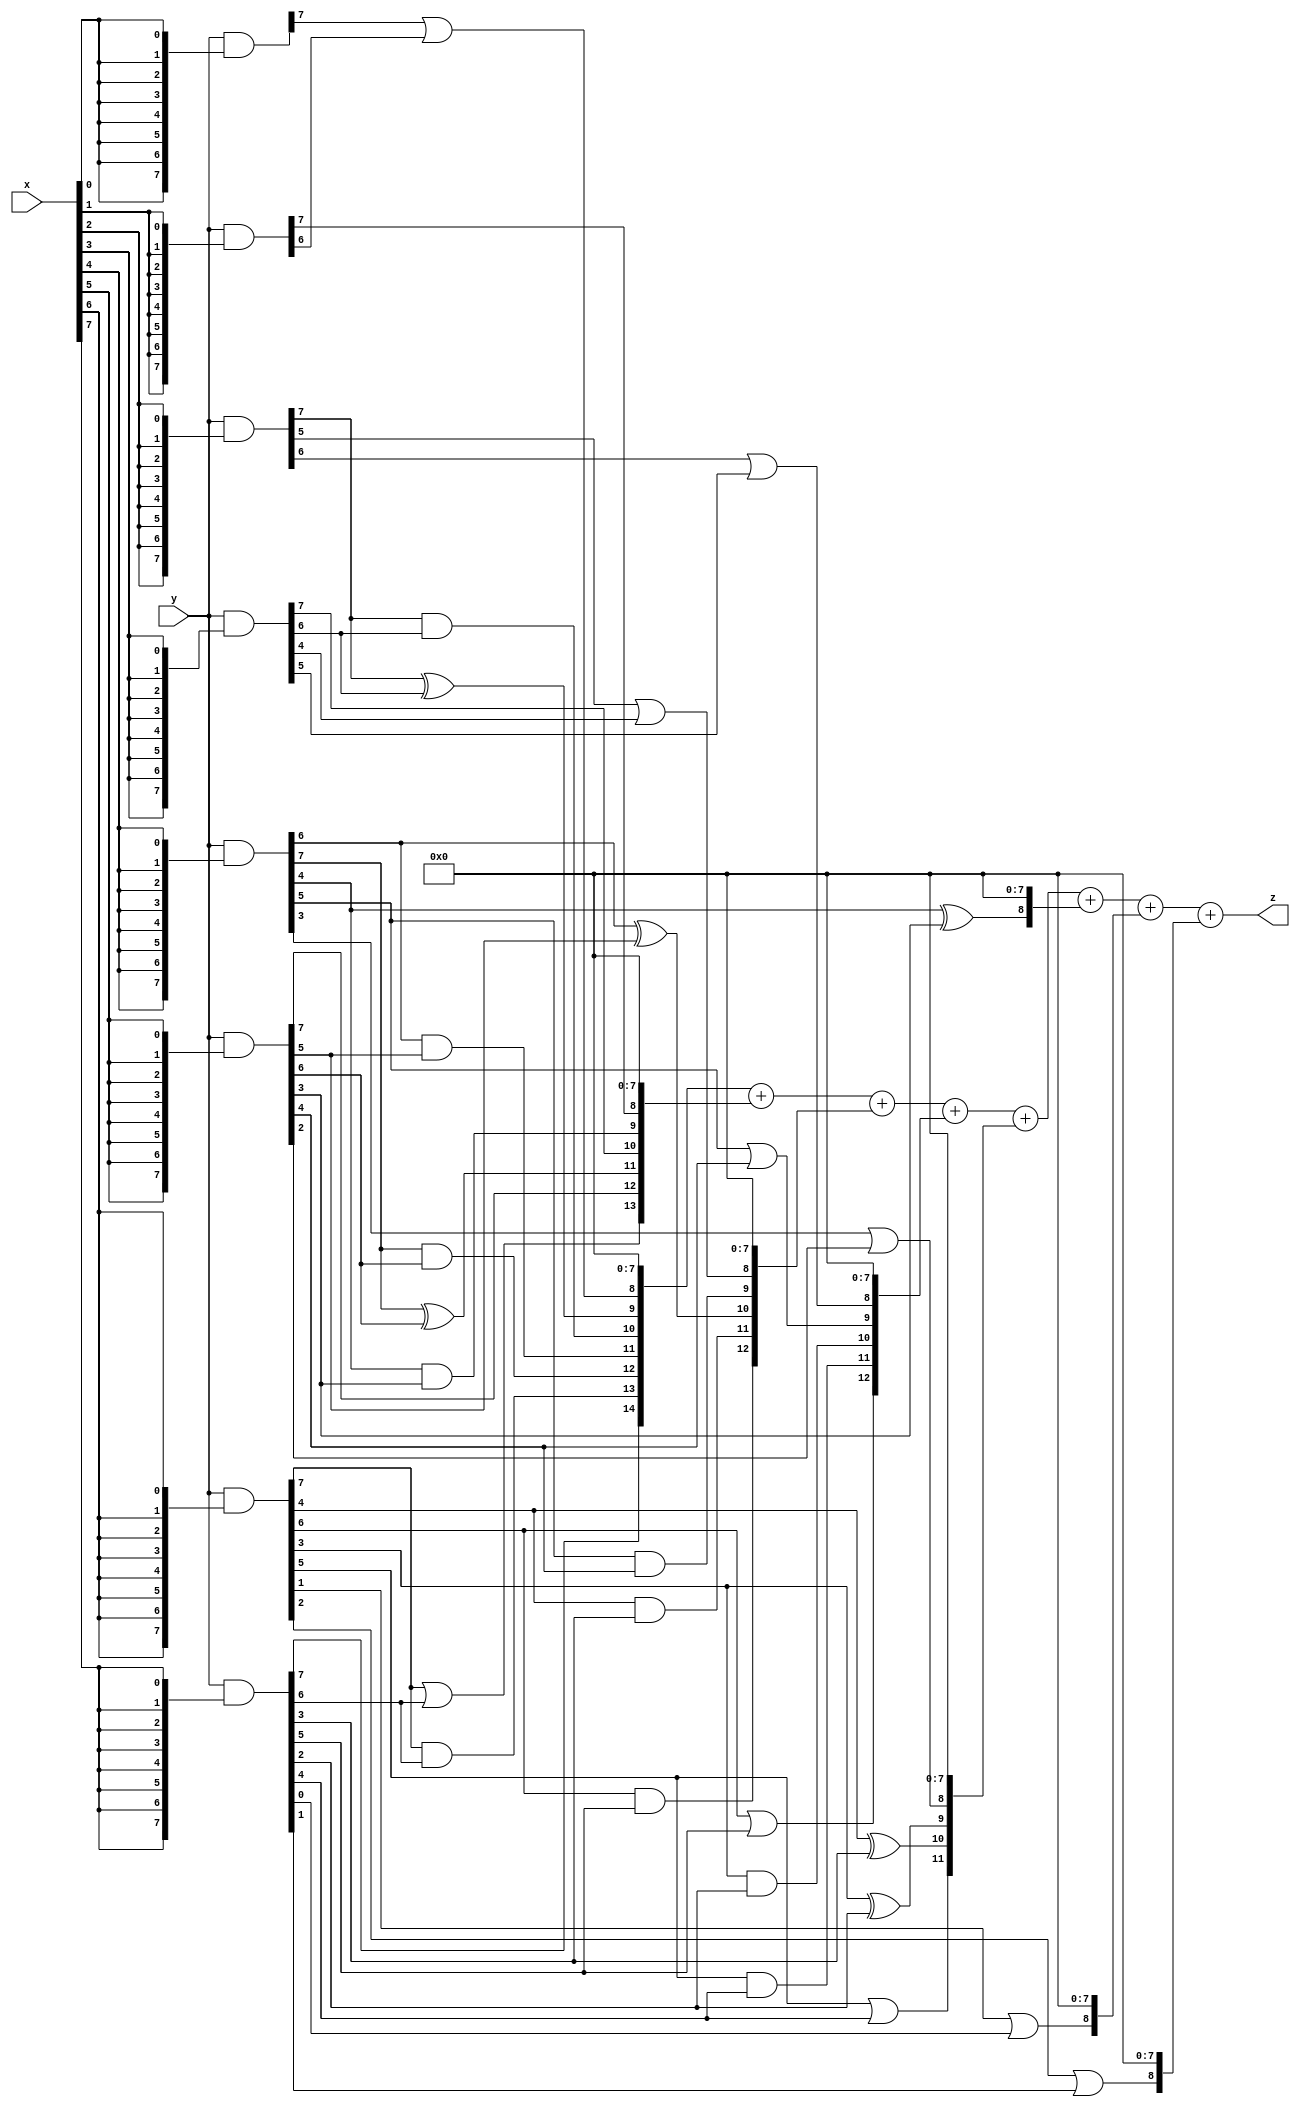
// terms: 30
// fval:  240750.25

module unsigned_8x8_l8_lamb7000_3 (
	input [7:0] x,
	input [7:0] y,
	output [15:0] z
);


wire [7:0] part1 =  y & {8{x[0]}};
wire [7:0] part2 =  y & {8{x[1]}};
wire [7:0] part3 =  y & {8{x[2]}};
wire [7:0] part4 =  y & {8{x[3]}};
wire [7:0] part5 =  y & {8{x[4]}};
wire [7:0] part6 =  y & {8{x[5]}};
wire [7:0] part7 =  y & {8{x[6]}};
wire [7:0] part8 =  y & {8{x[7]}};

wire [14:0] new_part1;
assign new_part1[0] = 0;
assign new_part1[1] = 0;
assign new_part1[2] = 0;
assign new_part1[3] = 0;
assign new_part1[4] = 0;
assign new_part1[5] = 0;
assign new_part1[6] = 0;
assign new_part1[7] = 0;
assign new_part1[8] = part1[7] | part2[6];
assign new_part1[9] = part3[7] ^ part4[6];
assign new_part1[10] = part3[7] & part4[6];
assign new_part1[11] = part5[6] & part6[5];
assign new_part1[12] = part5[7] & part6[6];
assign new_part1[13] = part7[7] & part8[6];
assign new_part1[14] = part8[7];

wire [13:0] new_part2;
assign new_part2[0] = 0;
assign new_part2[1] = 0;
assign new_part2[2] = 0;
assign new_part2[3] = 0;
assign new_part2[4] = 0;
assign new_part2[5] = 0;
assign new_part2[6] = 0;
assign new_part2[7] = 0;
assign new_part2[8] = part2[7];
assign new_part2[9] = part5[4] & part6[3];
assign new_part2[10] = part4[7];
assign new_part2[11] = part5[7] ^ part6[6];
assign new_part2[12] = part6[7];
assign new_part2[13] = part7[7] | part8[6];

wire [12:0] new_part3;
assign new_part3[0] = 0;
assign new_part3[1] = 0;
assign new_part3[2] = 0;
assign new_part3[3] = 0;
assign new_part3[4] = 0;
assign new_part3[5] = 0;
assign new_part3[6] = 0;
assign new_part3[7] = 0;
assign new_part3[8] = part3[5] | part4[4];
assign new_part3[9] = part5[5] & part6[4];
assign new_part3[10] = part5[6] ^ part6[5];
assign new_part3[11] = part7[4] & part8[3];
assign new_part3[12] = part7[6] & part8[5];

wire [12:0] new_part4;
assign new_part4[0] = 0;
assign new_part4[1] = 0;
assign new_part4[2] = 0;
assign new_part4[3] = 0;
assign new_part4[4] = 0;
assign new_part4[5] = 0;
assign new_part4[6] = 0;
assign new_part4[7] = 0;
assign new_part4[8] = part3[6] | part4[5];
assign new_part4[9] = part5[5] | part6[4];
assign new_part4[10] = part7[3] & part8[2];
assign new_part4[11] = part7[5] & part8[4];
assign new_part4[12] = part7[6] | part8[5];

wire [11:0] new_part5;
assign new_part5[0] = 0;
assign new_part5[1] = 0;
assign new_part5[2] = 0;
assign new_part5[3] = 0;
assign new_part5[4] = 0;
assign new_part5[5] = 0;
assign new_part5[6] = 0;
assign new_part5[7] = 0;
assign new_part5[8] = part5[3] | part6[2];
assign new_part5[9] = part7[3] ^ part8[2];
assign new_part5[10] = part7[4] ^ part8[3];
assign new_part5[11] = part7[5] | part8[4];

wire [8:0] new_part6;
assign new_part6[0] = 0;
assign new_part6[1] = 0;
assign new_part6[2] = 0;
assign new_part6[3] = 0;
assign new_part6[4] = 0;
assign new_part6[5] = 0;
assign new_part6[6] = 0;
assign new_part6[7] = 0;
assign new_part6[8] = part5[4] ^ part6[3];

wire [8:0] new_part7;
assign new_part7[0] = 0;
assign new_part7[1] = 0;
assign new_part7[2] = 0;
assign new_part7[3] = 0;
assign new_part7[4] = 0;
assign new_part7[5] = 0;
assign new_part7[6] = 0;
assign new_part7[7] = 0;
assign new_part7[8] = part7[1] | part8[0];

wire [8:0] new_part8;
assign new_part8[0] = 0;
assign new_part8[1] = 0;
assign new_part8[2] = 0;
assign new_part8[3] = 0;
assign new_part8[4] = 0;
assign new_part8[5] = 0;
assign new_part8[6] = 0;
assign new_part8[7] = 0;
assign new_part8[8] = part7[2] | part8[1];

assign z = new_part1 + new_part2 + new_part3 + new_part4 + new_part5 + new_part6 + new_part7 + new_part8;
endmodule